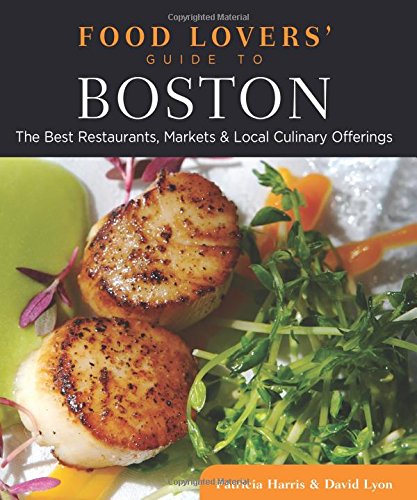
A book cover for Food Lovers' Guide toÂ® Boston: The Best Restaurants, Markets & Local Culinary Offerings (Food Lovers' Series); Patricia Harris; Travel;